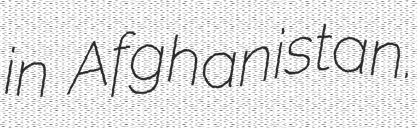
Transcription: in Afghanistan.